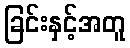
ခြင်းနှင့်အတူ